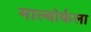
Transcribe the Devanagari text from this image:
माल्बोर्कला